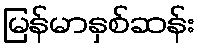
မြန်မာနှစ်ဆန်း